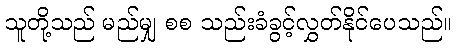
သူတို့သည် မည်မျှ စစ သည်းခံခွင့်လွှတ်နိုင်ပေသည်။